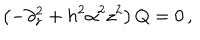
\left( - \partial _ { z } ^ { 2 } + h ^ { 2 } \alpha ^ { 2 } z ^ { 2 } \right) Q = 0 \, ,